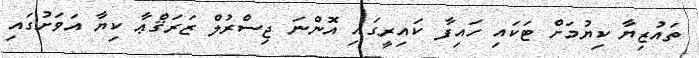
ތައުޒިޔާ ކިޔުމަށް ޓަކައި ހައިފާ ކައިރީގައި އޮންނަ ޖިސްރުލް ޒަރަޤްޢާ ކިޔާ އަވަށުގައި